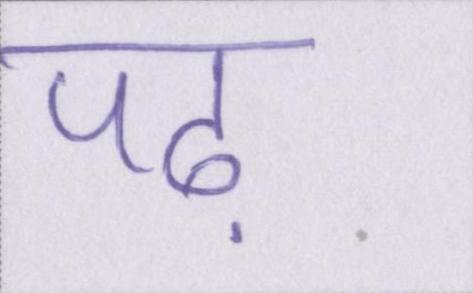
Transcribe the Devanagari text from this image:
पढ़